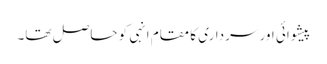
پیشوائی اور سرداری کا مقام انہی کو حاصل تھا۔